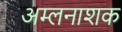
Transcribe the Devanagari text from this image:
अम्लनाशक